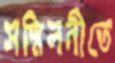
সম্মিলনীতে